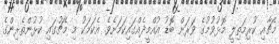
މެޗާއި ކުރިމަތިލީ މޮޅުވުމުގެ ވަރަށް ބޮޑު އުއްމީދެއްގައިކަމަށެވެ. އެކަމަކު މި މެޗުގައި ކުޅުންތެރިންގެ